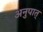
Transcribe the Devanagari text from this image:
अनुपात्